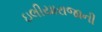
ઇલીયારાજાની